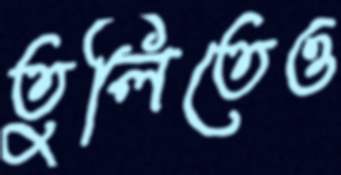
তুলিতেও